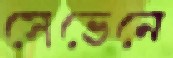
সেভেনে